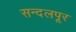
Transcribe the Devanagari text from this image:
सन्दलपूर